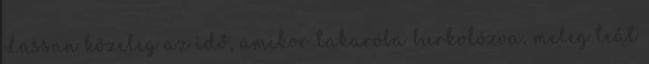
Lassan közeleg az idő, amikor takaróba burkolózva, meleg teát